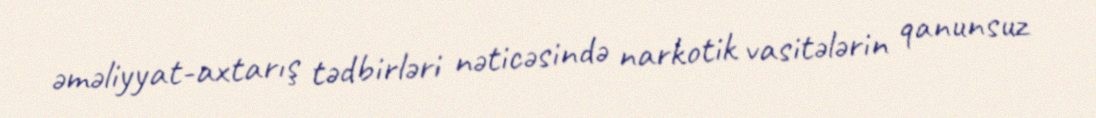
əməliyyat-axtarış tədbirləri nəticəsində narkotik vasitələrin qanunsuz